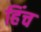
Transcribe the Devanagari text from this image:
हिंच